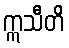
ဣသီတိ